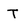
Character: T